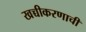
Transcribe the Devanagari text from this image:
खच्चीकरणाची